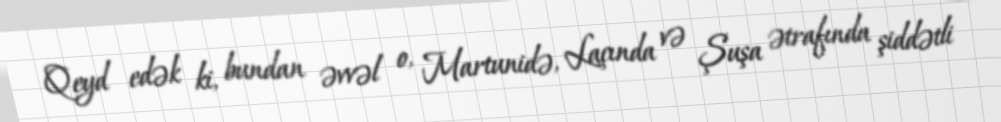
Qeyd edək ki, bundan əvvəl o, Martunidə, Laçında və Şuşa ətrafında şiddətli